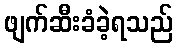
ဖျက်ဆီးခံခဲ့ရသည်